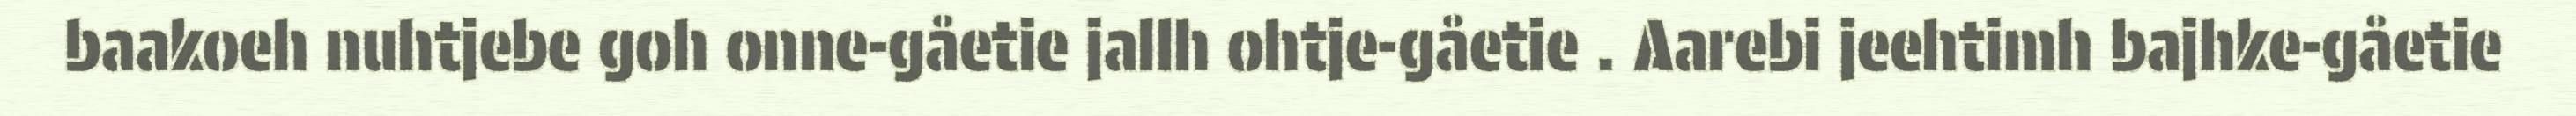
baakoeh nuhtjebe goh onne-gåetie jallh ohtje-gåetie . Aarebi jeehtimh bajhke-gåetie